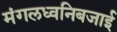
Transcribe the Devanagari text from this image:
मंगलध्वनिबजाई